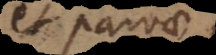
et parvae;